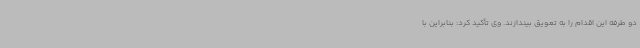
دو طرفه این اقدام را به تعویق بیندازند. وی تأکید کرد: بنابراین با